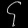
Digit: ၄